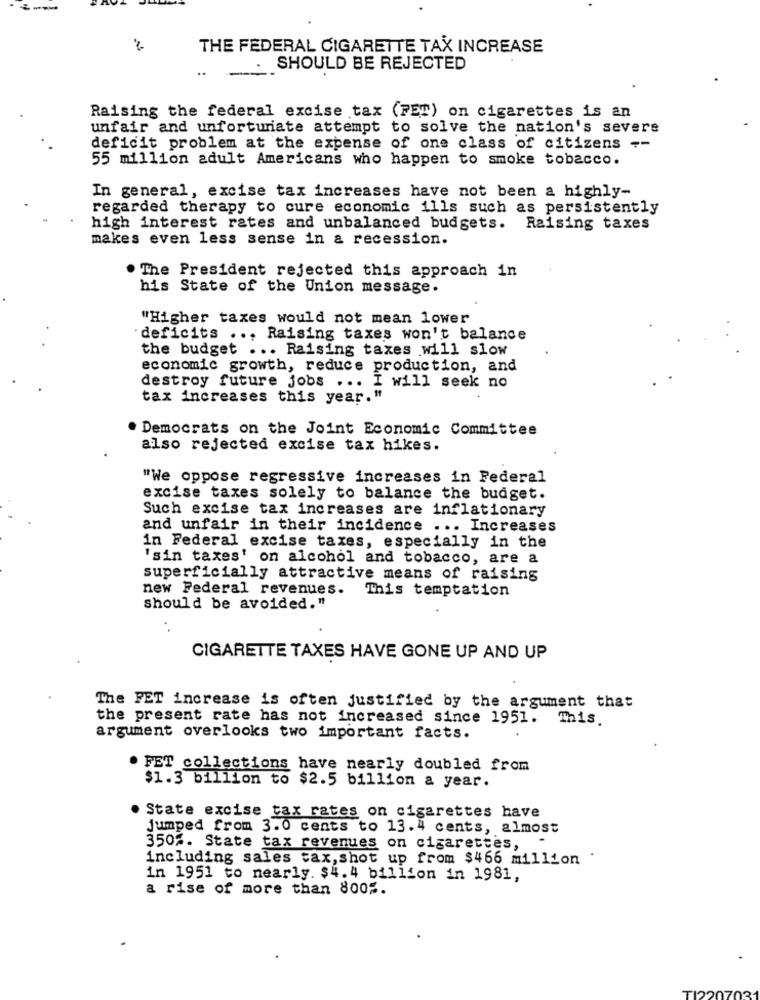
THE FEDERAL CIGARETTE TAX INCREASE
..
. SHOULD BE REJECTED
Raising the federal excise tax (PET) on cigarettes is an
unfair and unforturiate attempt to solve the nation's severe
deficit problem at the expense of one class of citizens --
55 million adult Americans who happen to smoke tobacco.
In general, excise tax increases have not been a highly-
regarded therapy to cure economic ills such as persistently
high interest rates and unbalanced budgets. Raising taxes
makes even less sense in a recession.
. The President rejected this approach in
his State of the Union message.
"Higher taxes would not mean lower
deficits . .. Raising taxes won't balance
the budget ... Raising taxes will slow
economic growth, reduce production, and
destroy future jobs ... I will seek no
tax increases this year."
Democrats on the Joint Economic Committee
also rejected excise tax hikes.
"We oppose regressive increases in Federal
excise taxes solely to balance the budget.
Such excise tax increases are inflationary
and unfair in their incidence ... Increases
in Federal excise taxes, especially in the
'sin taxes' on alcohol and tobacco, are a
superficially attractive means of raising
new Federal revenues. This temptation
should be avoided."
CIGARETTE TAXES HAVE GONE UP AND UP
The FET increase is often justified by the argument that
the present rate has not increased since 1951. This.
argument overlooks two important facts.
. FET collections have nearly doubled from
$1.3 billion to $2.5 billion a year.
State excise tax rates on cigarettes have
Jumped from 3.0 cents to 13.4 cents, almost
350%. State tax revenues on cigarettes,
including sales tax, shot up from $466 million
in 1951 to nearly. $4.4 billion in 1981,
a rise of more than 800%.